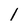
Character: 1